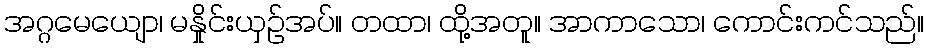
အဂ္ဂမေယျော၊ မနှိုင်းယှဉ်အပ်။ တထာ၊ ထို့အတူ။ အာကာသော၊ ကောင်းကင်သည်။